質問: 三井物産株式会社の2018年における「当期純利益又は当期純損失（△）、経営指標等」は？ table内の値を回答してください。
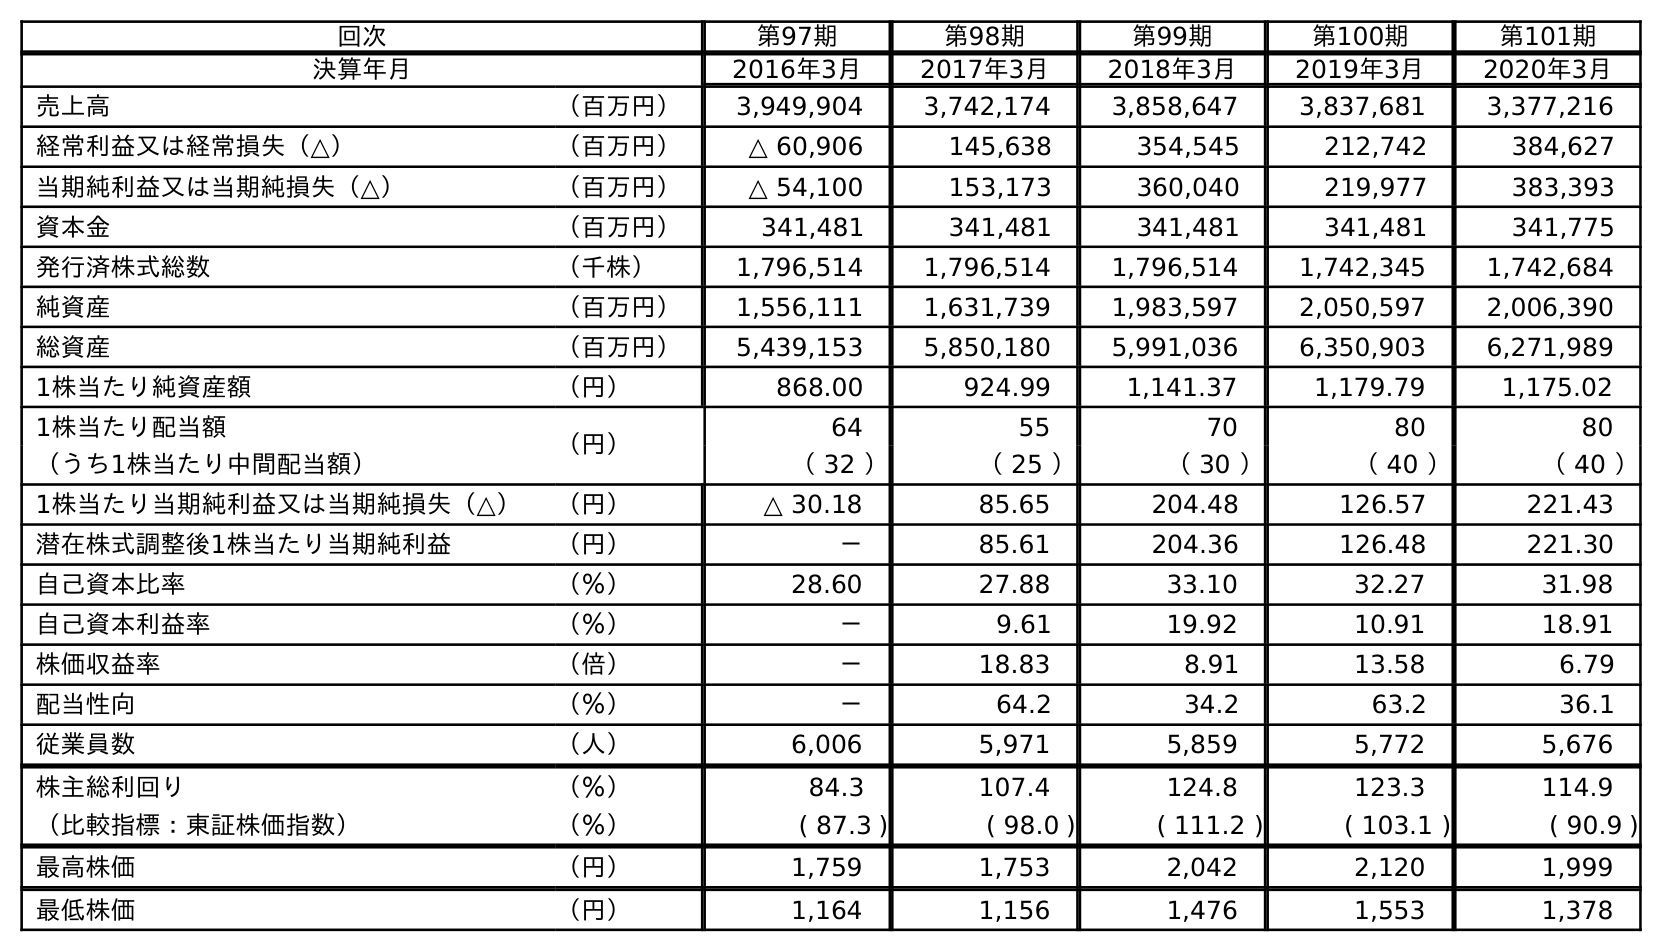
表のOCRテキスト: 回次 第97期 第98期 第99期 第100期 第101期 決算年月 2016年3月 2017年3月 2018年3月 2019年3月 2020年3月 売上高 （百万円） 3,949,904 3,742,174 3,858,647 3,837,681 3,377,216 経常利益又は経常損失（△） （百万円） △ 60,906 145,638 354,545 212,742 384,627 当期純利益又は当期純損失（△） （百万円） △ 54,100 153,173 360,040 219,977 383,393 資本金 （百万円） 341,481 341,481 341,481 341,481 341,775 発行済株式総数 （千株） 1,796,514 1,796,514 1,796,514 1,742,345 1,742,684 純資産 （百万円） 1,556,111 1,631,739 1,983,597 2,050,597 2,006,390 総資産 （百万円） 5,439,153 5,850,180 5,991,036 6,350,903 6,271,989 1株当たり純資産額 （円） 868.00 924.99 1,141.37 1,179.79 1,175.02 1株当たり配当額 （円） 64 55 70 80 80 （うち1株当たり中間配当額） （ 32 ） （ 25 ） （ 30 ） （ 40 ） （ 40 ） 1株当たり当期純利益又は当期純損失（△） （円） △ 30.18 85.65 204.48 126.57 221.43 潜在株式調整後1株当たり当期純利益 （円） － 85.61 204.36 126.48 221.30 自己資本比率 （％） 28.60 27.88 33.10 32.27 31.98 自己資本利益率 （％） － 9.61 19.92 10.91 18.91 株価収益率 （倍） － 18.83 8.91 13.58 6.79 配当性向 （％） － 64.2 34.2 63.2 36.1 従業員数 （人） 6,006 5,971 5,859 5,772 5,676 株主総利回り （％） 84.3 107.4 124.8 123.3 114.9 （比較指標：東証株価指数） （％） ( 87.3 ) ( 98.0 ) ( 111.2 ) ( 103.1 ) ( 90.9 ) 最高株価 （円） 1,759 1,753 2,042 2,120 1,999 最低株価 （円） 1,164 1,156 1,476 1,553 1,378
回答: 360,040